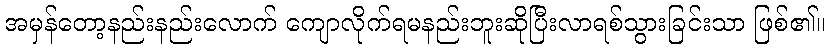
အမှန်တော့နည်းနည်းလောက် ကျောလိုက်ရမနည်းဘူးဆိုပြီးလာရစ်သွားခြင်းသာ ဖြစ်၏။